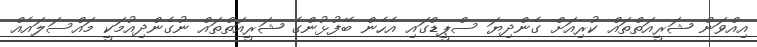
އިއްވަން ޝަރީއަތްތައް ކުރިއަށް ގެންދިޔަ ސްޕީޑްގައި އެހެން ބޭފުޅުންގެ ޝަރީއަތްތައް ނުގެންދިއުމަކީ މައްސަލައެއް